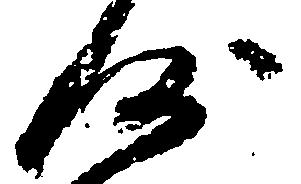
沙